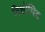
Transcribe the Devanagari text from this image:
विशोधित